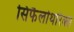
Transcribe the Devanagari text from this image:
सिफैलोथोरैक्स